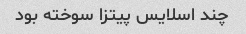
چند اسلایس پیتزا سوخته بود